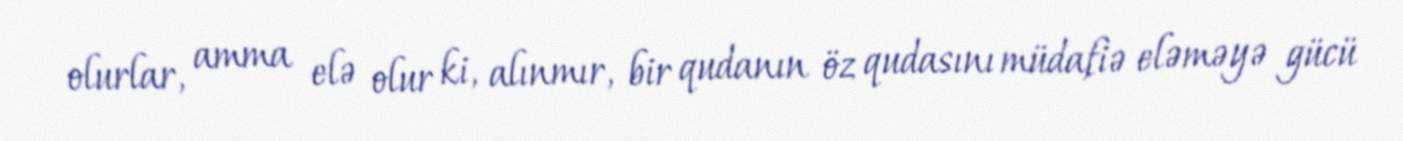
olurlar, amma elə olur ki, alınmır, bir qudanın öz qudasını müdafiə eləməyə gücü